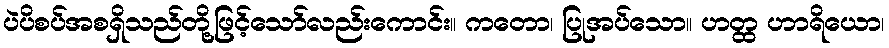
ပဲပိစပ်အစရှိသည်တို့ဖြင့်သော်လည်းကောင်း။ ကတော၊ ပြုအပ်သော။ ဟတ္ထ ဟာရိယော၊